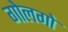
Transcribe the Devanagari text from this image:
गोलगो